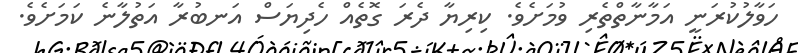
ހަވާލުކުރަނީ އަމާނާތްތެރި ވުމަށެވެ. ކިރިޔާ ދެރަ ގޮތެއް ހެދިޔަސް އަނބުރާ އަތުލާނެ ކަމަށެވެ.